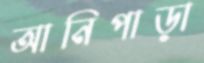
আনিপাড়া